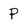
Character: P